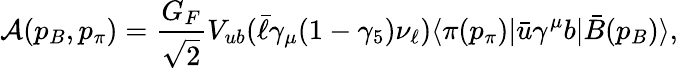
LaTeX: {\cal A}(p_{B},p_{\pi})=\frac{G_{F}}{\sqrt{2}}V_{ub}(\bar{\ell}\gamma_{\mu}(1-\gamma_{5})\nu_{\ell})\langle\pi(p_{\pi})|\bar{u}\gamma^{\mu}b|\bar{B}(p_{B})\rangle,